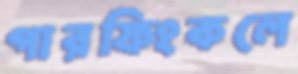
গারফিংকলে